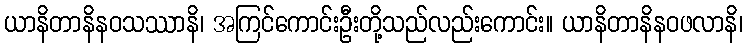
ယာနိတာနိနဝသဿာနိ၊ အကြင်ကောင်းဦးတို့သည်လည်းကောင်း။ ယာနိတာနိနဝဖလာနိ၊